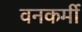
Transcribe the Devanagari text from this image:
वनकर्मी